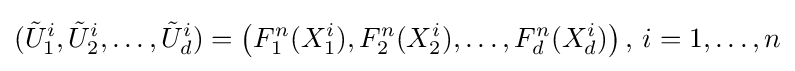
({\tilde {U}}_{1}^{i},{\tilde {U}}_{2}^{i},\dots ,{\tilde {U}}_{d}^{i})=\left(F_{1}^{n}(X_{1}^{i}),F_{2}^{n}(X_{2}^{i}),\dots ,F_{d}^{n}(X_{d}^{i})\right),\,i=1,\dots ,n